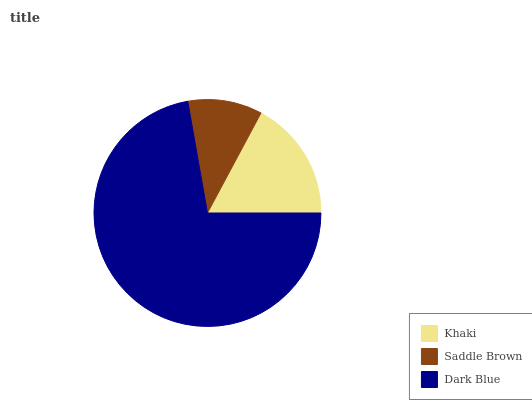
| Khaki | Saddle Brown | Dark Blue |
 | --- | --- | --- |
 | 17.2% | 10.6% | 72.2% |